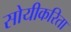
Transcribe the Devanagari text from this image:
सोयीकरिता